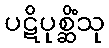
ပဋိပုစ္ဆိံသု